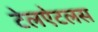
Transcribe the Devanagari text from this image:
टेलऐटलस